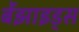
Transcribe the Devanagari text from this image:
बेंझाइड्स